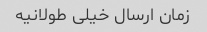
زمان ارسال خیلی طولانیه